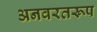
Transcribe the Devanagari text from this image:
अनवरतरूप